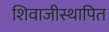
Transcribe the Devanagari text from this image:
शिवाजीस्थापित